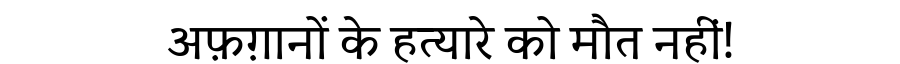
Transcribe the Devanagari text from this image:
अफ़ग़ानों के हत्यारे को मौत नहीं!